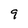
Character: 9